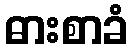
ဓားစာခံ